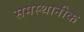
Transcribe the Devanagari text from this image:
समस्थानीक